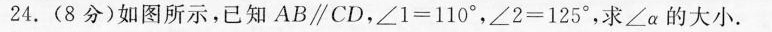
24.(8分)如图所示，已知AB \parallel CD，∠1=110°，∠2=125°，求∠α的大小。